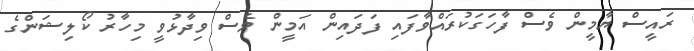
ރައީސް ޔާމީން ވެސް ފާހަގަކުރައްވާފައި ފަދައިން އަމީން ވެސް ވިދާޅުވީ މިހާރު ކޯލިޝަންގެ